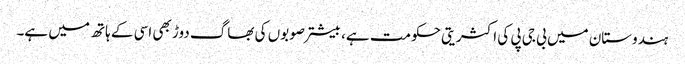
ہندوستان میں بی جی پی کی اکثریتی حکومت ہے، بیشتر صوبوں کی بھاگ دوڑ بھی اسی کے ہاتھ میں ہے۔